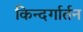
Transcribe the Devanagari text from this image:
किन्दर्गार्तन